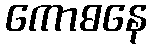
ကောဓနေ